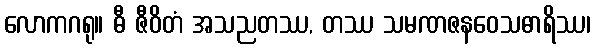
လောကဂရု။ ဓီ ဇီဝိတံ အသညတဿ, တဿ သမဏဇနဝေသဓာရိဿ၊